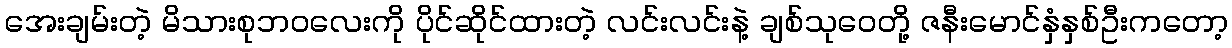
အေးချမ်းတဲ့ မိသားစုဘဝလေးကို ပိုင်ဆိုင်ထားတဲ့ လင်းလင်းနဲ့ ချစ်သုဝေတို့ ဇနီးမောင်နှံနှစ်ဦးကတော့